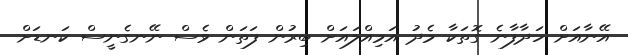
އޭނާއަށް ހަދާފާނެ ގޮތަކާ މެދު އަމިއްލައަށް ބިރުން ފަތަން ވެސް ނޭނގެނީސް ކަނޑަށް